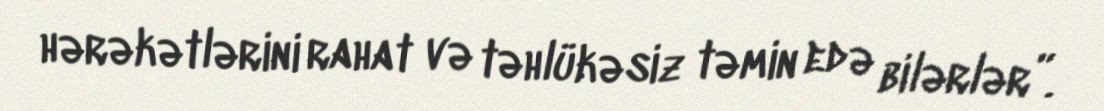
hərəkətlərini rahat və təhlükəsiz təmin edə bilərlər”.